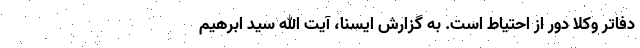
دفاتر وکلا دور از احتیاط است. به گزارش ایسنا، آیت الله سید ابرهیم